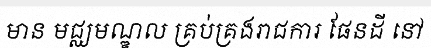
មាន មជ្ឈមណ្ឌល គ្រប់គ្រងរាជការ ផែនដី នៅ